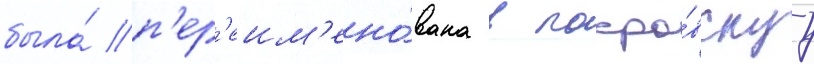
была́ п'ер'еим'ено́вана в покро́вскуу